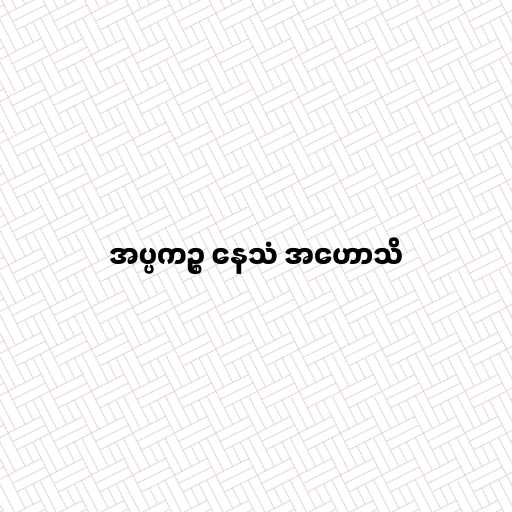
အပ္ပကဉ္စ နေသံ အဟောသိ